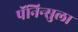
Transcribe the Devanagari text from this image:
पॅनिन्सुला